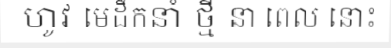
ហូវ មេដឹកនាំ ថ្មី នា ពេល នោះ